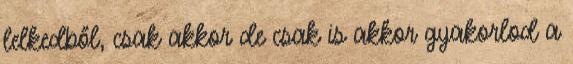
lelkedből, csak akkor de csak is akkor gyakorlod a